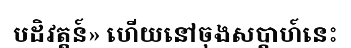
បដិវត្តន៍» ហើយនៅចុងសប្តាហ៍នេះ